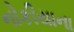
નોકીયાના